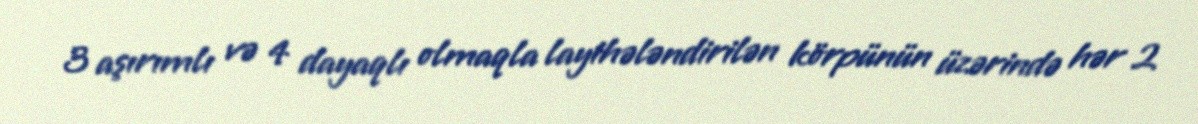
3 aşırımlı və 4 dayaqlı olmaqla layihələndirilən körpünün üzərində hər 2